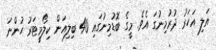
އަލި އަހަރު ދުރުމިނުގަ އެވެ. މީގެ ބޮޑުމިނުގައި 40 ބިލިއަން ކިލޯމީޓަރު ހުންނަ